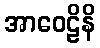
အာဝေဠိနိ